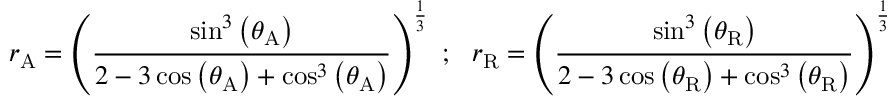
r _ { \mathrm { A } } = \left( { \frac { \sin ^ { 3 } \left( \theta _ { \mathrm { A } } \right) } { 2 - 3 \cos \left( \theta _ { \mathrm { A } } \right) + \cos ^ { 3 } \left( \theta _ { \mathrm { A } } \right) } } \right) ^ { \frac { 1 } { 3 } } ~ ; ~ ~ r _ { \mathrm { R } } = \left( { \frac { \sin ^ { 3 } \left( \theta _ { \mathrm { R } } \right) } { 2 - 3 \cos \left( \theta _ { \mathrm { R } } \right) + \cos ^ { 3 } \left( \theta _ { \mathrm { R } } \right) } } \right) ^ { \frac { 1 } { 3 } }